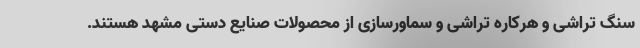
سنگ تراشی و هرکاره تراشی و سماورسازی از محصولات صنایع دستی مشهد هستند.